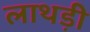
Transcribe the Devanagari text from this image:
लाथड़ी